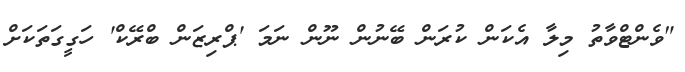
"ވެންޓްވާތު މިލާ އެކަން ކުރަން ބޭނުން ނޫން ނަމަ 'ޕްރިޒަން ބްރޭކް' ހަގީގަތަކަށް